Report on lock hospitals in British Burma
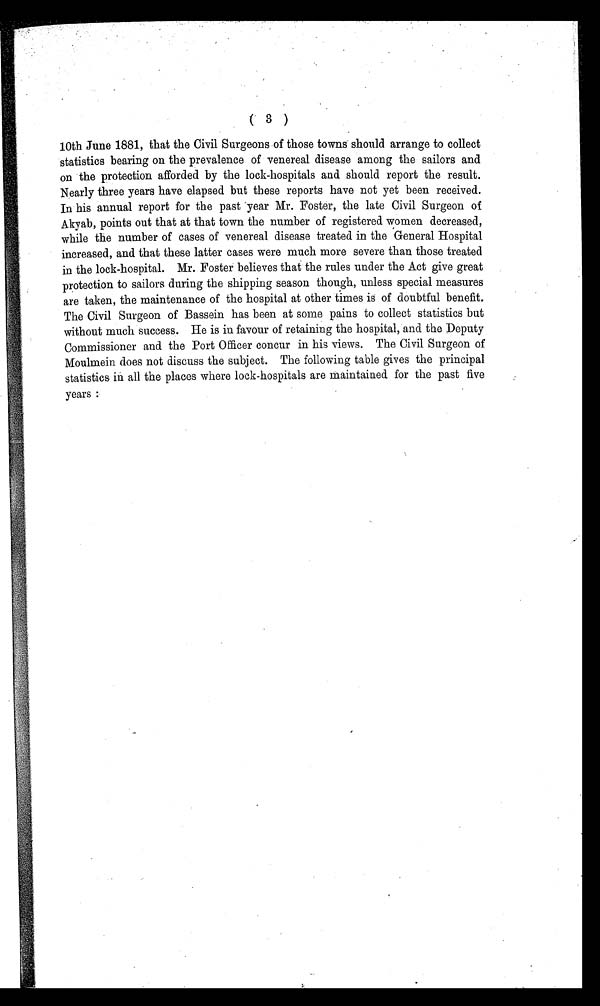
10th June 1881, that the Civil Surgeons of those towns should arrange to collect
statistics bearing on the prevalence of venereal disease among the sailors and
on the protection afforded by the lock-hospitals and should report the result.
Nearly three years have elapsed but these reports have not yet been received.
In his annual report for the past year Mr. Foster, the late Civil Surgeon of
Akyab, points out that at that town the number of registered women decreased,
while the number of cases of venereal disease treated in the General Hospital
increased, and that these latter cases were much more severe than those treated
in the lock-hospital. Mr. Foster believes that the rules under the Act give great
protection to sailors during the shipping season though, unless special measures
are taken, the maintenance of the hospital at other times is of doubtful benefit.
The Civil Surgeon of Bassein has been at some pains to collect statistics but
without much success. He is in favour of retaining the hospital, and the Deputy
Commissioner and the Port Officer concur in his views. The Civil Surgeon of
Moulmein does not discuss the subject. The following table gives the principal
statistics in all the places where lock-hospitals are maintained for the past five
years :
( 3 )